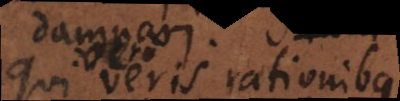
ullis rationibus